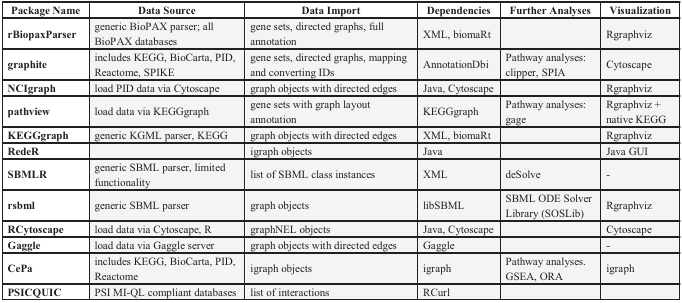
| Package Name | Data Source | Data Import | Dependencies | Further Analyses | Visualization |
 | --- | --- | --- | --- | --- | --- |
 | rBiopaxParser | generic BioPAX parser; all BioPAX databases | gene sets, directed graphs, full annotation | XML, biomaRt |  | Rgraphviz |
 | graphite | includes KEGG, BioCarta, PID, Reactome, SPIKE | gene sets, directed graphs, mapping and converting IDs | AnnotationDbi | Pathway analyses: clipper, SPIA | Cytoscape |
 | NCIgraph | load PID data via Cytoscape | graph objects with directed edges | Java, Cytoscape |  | Rgraphviz |
 | pathview | load data via KEGGgraph | gene sets with graph layout annotation | KEGGgraph | Pathway analyses: gage | Rgraphviz + native KEGG |
 | KEGGgraph | generic KGML parser, KEGG | graph objects with directed edges | XML, biomaRt |  | Rgraphviz |
 | RedeR |  | igraph objects | Java |  | Java GUI |
 | SBMLR | generic SBML parser, limited functionality | list of SBML class instances | XML | deSolve | - |
 | rsbml | generic SBML parser | graph objects | libSBML | SBML ODE Solver Library (SOSLib) | Rgraphviz |
 | RCytoscape | load data via Cytoscape, R | graphNEL objects | Java, Cytoscape |  | Cytoscape |
 | Gaggle | load data via Gaggle server | graph objects with directed edges | Gaggle |  | - |
 | CePa | includes KEGG, BioCarta, PID, Reactome | igraph objects | igraph | Pathway analyses.GSEA, ORA | igraph |
 | PSICQUIC | PSI MI-QL compliant databases | list of interactions | RCurl |  |  |